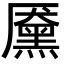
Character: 黡